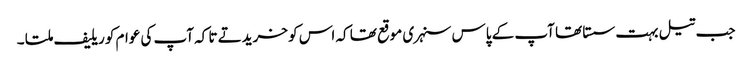
جب تیل بہت سستا تھا آپ کے پاس سنہری موقع تھا کہ اس کو خریدتے تا کہ آپ کی عوام کو ریلیف ملتا ۔